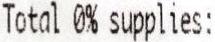
TOTAL 0% SUPPLIES: